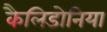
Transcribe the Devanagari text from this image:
कैलिडोनिया